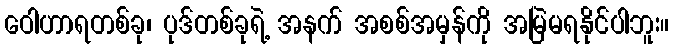
ဝေါဟာရတစ်ခု၊ ပုဒ်တစ်ခုရဲ့ အနက် အစစ်အမှန်ကို အမြဲမရနိုင်ပါဘူး။